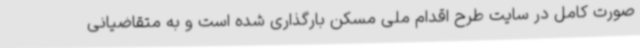
صورت کامل در سایت طرح اقدام ملی مسکن بارگذاری شده است و به متقاضیانی